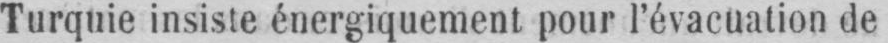
Turquie insiste énergiquement pour l’évacuation de